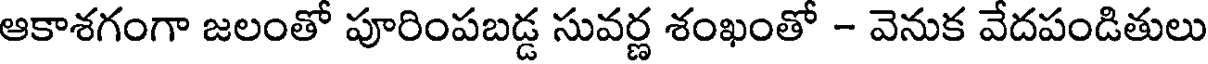
ఆకాశగంగా జలంతో పూరింపబడ్డ సువర్ణ శంఖంతో - వెనుక వేదపండితులు